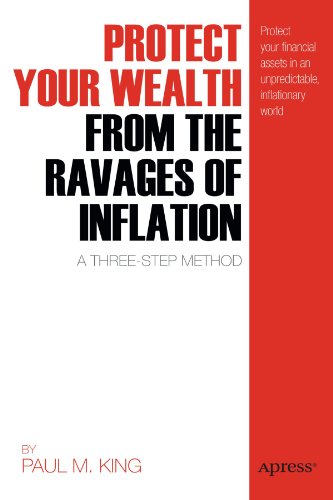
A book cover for Protect Your Wealth from the Ravages of Inflation: A Three-Step Method; Paul M. King; Business & Money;